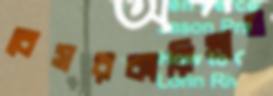
বেসরকারিখাত